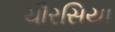
ચૌરસિયા